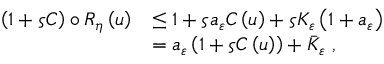
\begin{array} { r l } { \left( 1 + \varsigma C \right) \circ R _ { \eta } \left( u \right) } & { \leq 1 + \varsigma a _ { \varepsilon } C \left( u \right) + \varsigma K _ { \varepsilon } \left( 1 + a _ { \varepsilon } \right) } \\ & { = a _ { \varepsilon } \left( 1 + \varsigma C \left( u \right) \right) + \bar { K } _ { \varepsilon } \ , } \end{array}